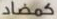
كمضاد